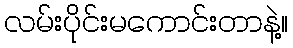
လမ်းပိုင်းမကောင်းတာနဲ့။